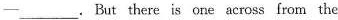
—___.But there is one across from the